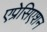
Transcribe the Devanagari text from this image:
एप्रेसिएशन